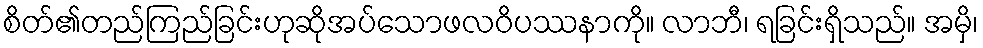
စိတ်၏တည်ကြည်ခြင်းဟုဆိုအပ်သောဖလဝိပဿနာကို။ လာဘီ၊ ရခြင်းရှိသည်။ အမှိ၊